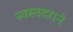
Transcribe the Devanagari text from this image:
स्वस्तदराने